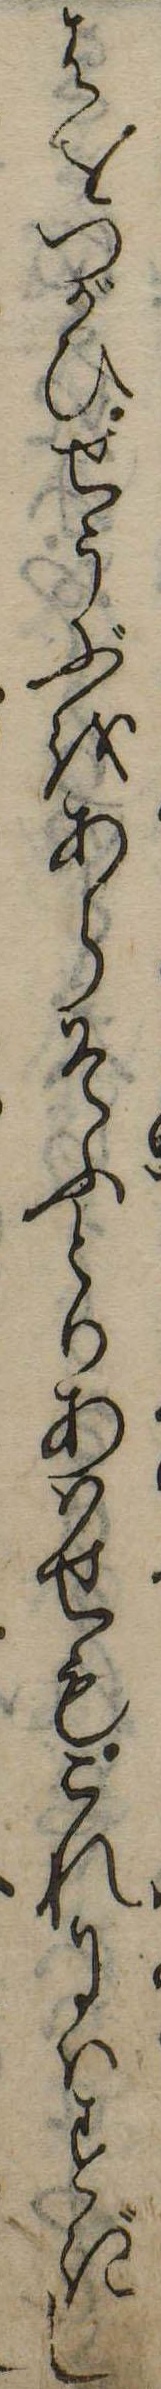
はをつがひせうぶをあらそふとりあはせもこれにはすぎし